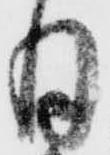
月